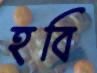
হবি